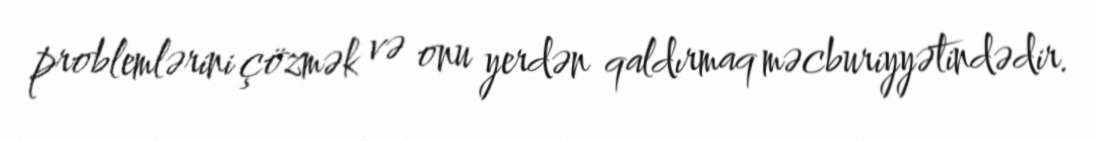
problemlərini çözmək və onu yerdən qaldırmaq məcburiyyətindədir.